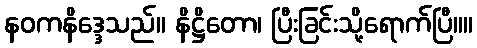
နဝကနိဒ္ဒေသည်။ နိဋ္ဌိတော၊ ပြီးခြင်းသို့ရောက်ပြီ။။